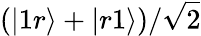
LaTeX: (|1r\rangle+|r1\rangle)/\sqrt{2}